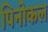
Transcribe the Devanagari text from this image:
पिनोकल